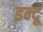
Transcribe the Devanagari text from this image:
इन्‍दू